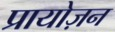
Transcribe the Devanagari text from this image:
प्रायोज़न